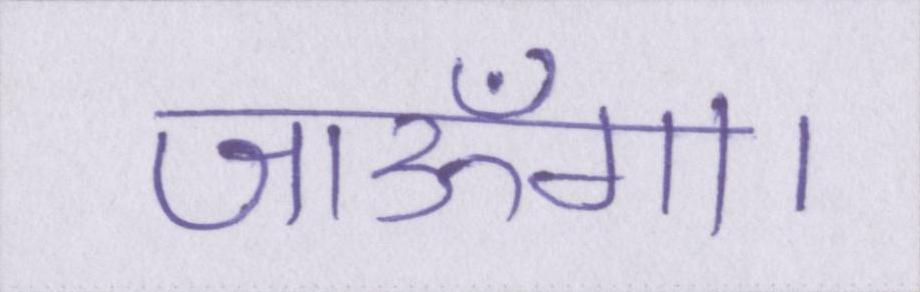
जाऊँगा।